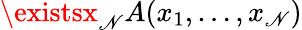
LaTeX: \existsx_{\mathscr{N}}A(x_{1},\ldots,x_{\mathscr{N}})